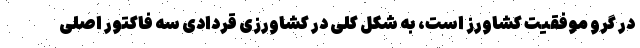
در گرو موفقیت کشاورز است، به شکل کلی در کشاورزی قردادی سه فاکتور اصلی